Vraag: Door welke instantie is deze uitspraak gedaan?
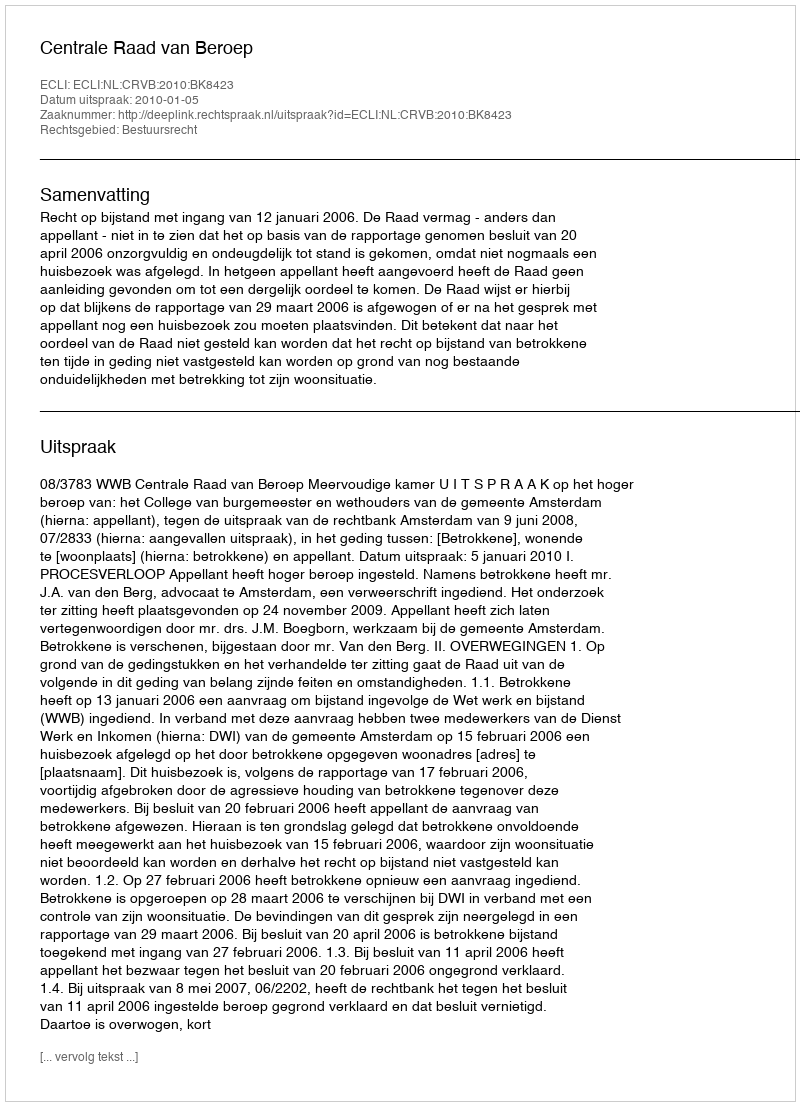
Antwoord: Centrale Raad van Beroep